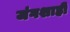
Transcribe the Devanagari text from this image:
जंगशाही